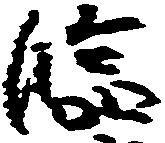
臨